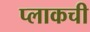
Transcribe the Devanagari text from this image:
प्लाकची